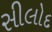
સીલોદ